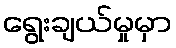
ရွေးချယ်မှုမှာ